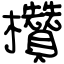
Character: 欑